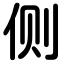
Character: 侧